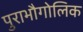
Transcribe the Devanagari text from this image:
पुराभौगोलिक